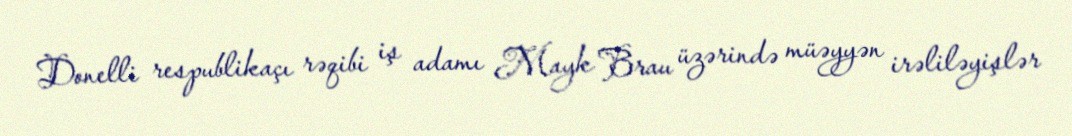
Donelli respublikaçı rəqibi iş adamı Mayk Brau üzərində müəyyən irəliləyişlər